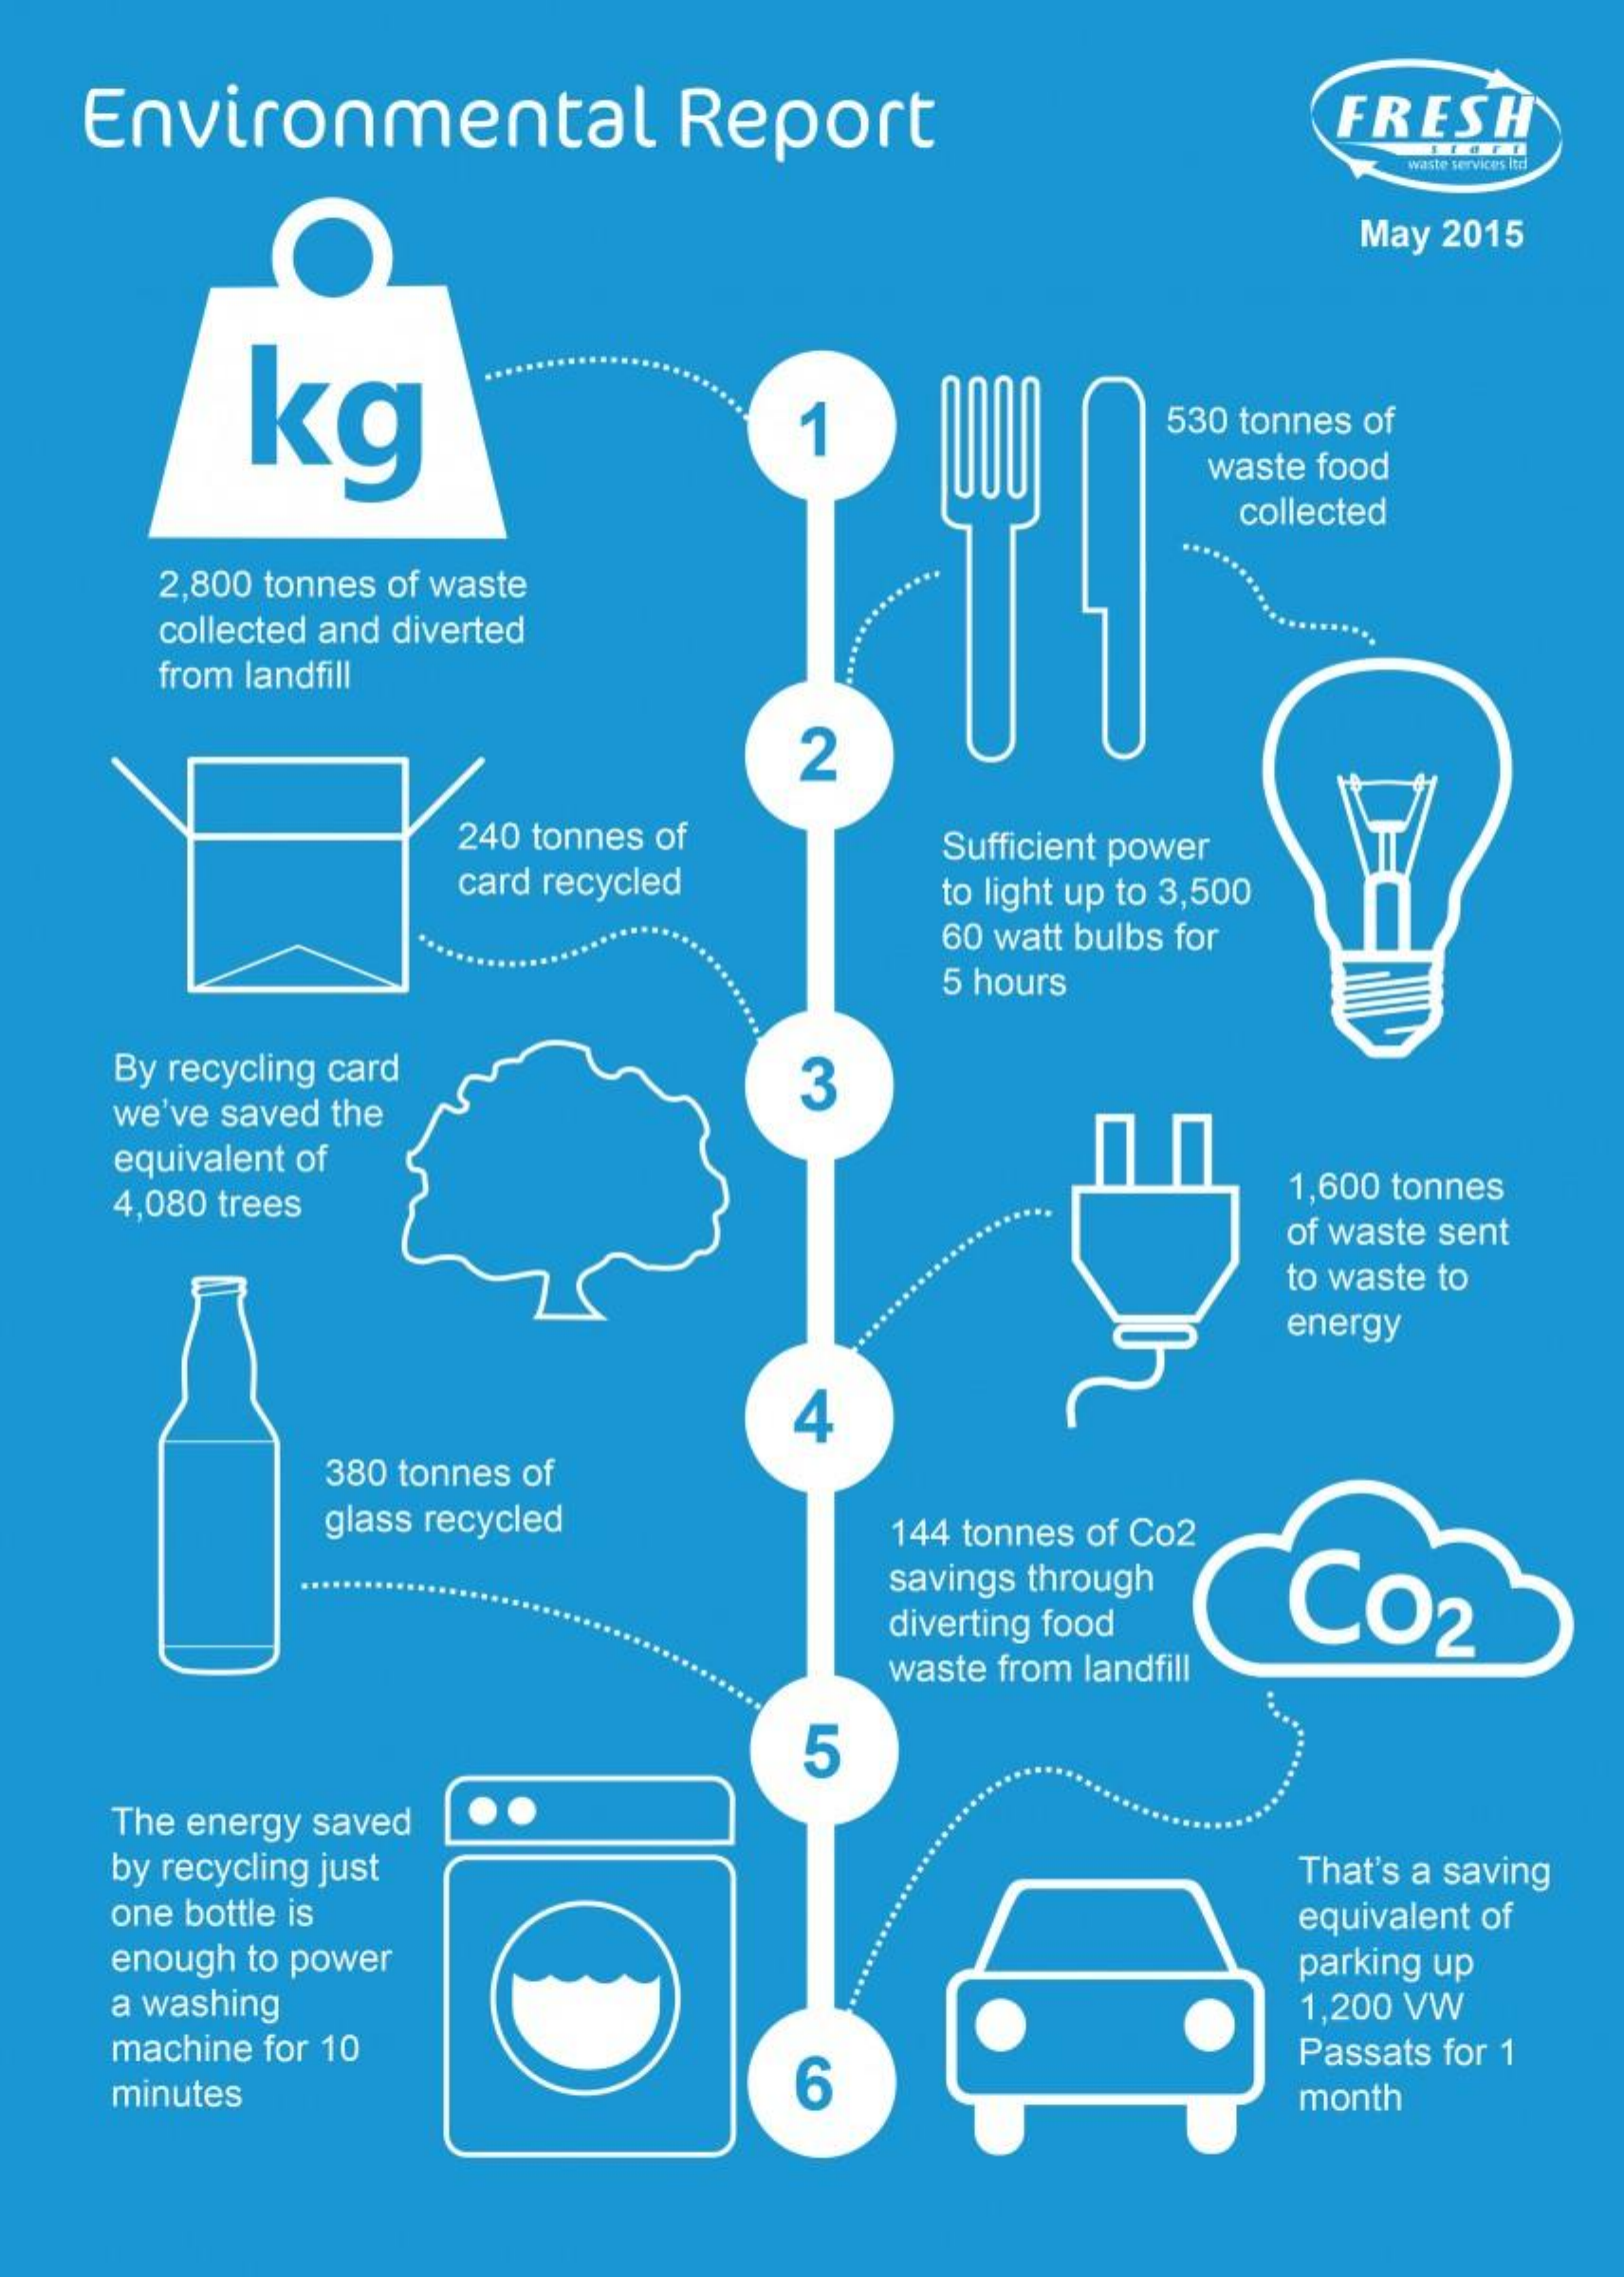
Environmental Report    FRESH
     waste services ltd
     May 2015
     kg    1    530 tonnes of
     waste food
     collected
    2,800 tonnes of waste
    collected and diverted
    from landfill
     2
     240 tonnes of
     card recycled
     Sufficient power
     to light up to 3,500
     60 watt bulbs for
     5 hours
   By recycling card
   we've saved the
     3
   equivalent of
   4,080 trees    1,600 tonnes
     of waste sent
     to waste to
     energy
     4
     380 tonnes of
     glass recycled 144 tonnes of Co2
     savings through
     Co2
     diverting food
     waste from landfill
     ....
     5
   The energy saved
   by recycling just    That's a saving
   one bottle is    equivalent of
   enough to power    parking up
   a washing
   machine for 10
     1,200 VW
   minutes    6
     Passats for 1
     month